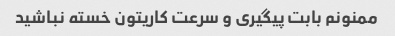
ممنونم بابت پیگیری و سرعت کاریتون خسته نباشید